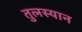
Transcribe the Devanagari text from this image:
तुलस्यान